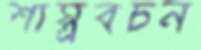
শাস্ত্রবচন